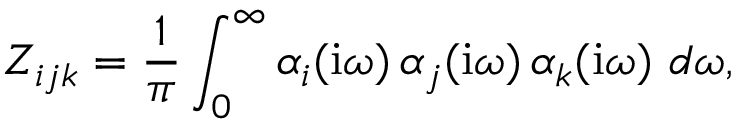
Z _ { i j k } = \frac 1 \pi \int _ { 0 } ^ { \infty } \alpha _ { i } ( \mathrm { i } \omega ) \, \alpha _ { j } ( \mathrm { i } \omega ) \, \alpha _ { k } ( \mathrm { i } \omega ) ~ d \omega ,